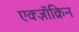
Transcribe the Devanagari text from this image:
एक्ज़ॉक्रिन